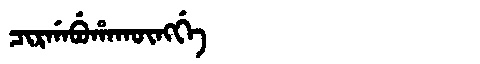
Manchu: ᠴᡳᡵᡤᠠᠪᡠᡥᠠᡴᡡᠩᡤᡝ
Romanization: CIRGABUHAKŪNGGE